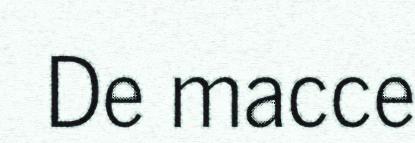
De macce